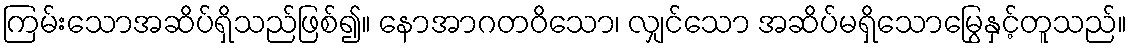
ကြမ်းသောအဆိပ်ရှိသည်ဖြစ်၍။ နောအာဂတဝိသော၊ လျှင်သော အဆိပ်မရှိသောမြွေနှင့်တူသည်။